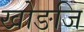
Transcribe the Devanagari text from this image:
खोङजि